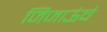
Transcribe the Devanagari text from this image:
जिजाऊंचे